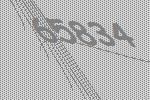
65834